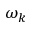
\omega _ { k }